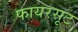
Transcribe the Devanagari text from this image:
फायरसूट